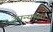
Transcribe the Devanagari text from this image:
उपन्‍यास।